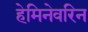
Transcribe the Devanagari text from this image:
हेमिनेवरिन